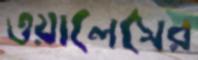
ওয়ালেসের